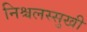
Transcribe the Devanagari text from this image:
निश्चलस्सुखी